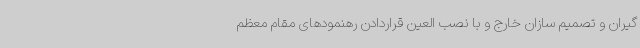
گیران و تصمیم سازان خارج و با نصب العین قراردادن رهنمودهای مقام معظم